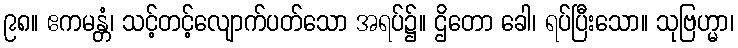
၉၈။ ဧကမန္တံ၊ သင့်တင့်လျောက်ပတ်သော အရပ်၌။ ဌိတော ခေါ၊ ရပ်ပြီးသော။ သုဗြဟ္မာ၊